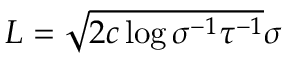
\begin{array} { r } { L = \sqrt { 2 c \log { \sigma ^ { - 1 } \tau ^ { - 1 } } } \sigma } \end{array}